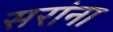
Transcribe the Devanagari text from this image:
सरांना